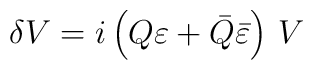
\delta V= i \left(Q\varepsilon +  \bar Q\bar\varepsilon\right)\,V